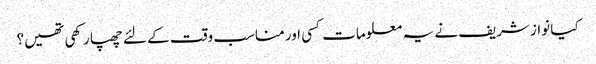
کیا نوازشریف نے یہ معلومات کسی اور مناسب وقت کے لئے چھپا رکھی تھیں؟